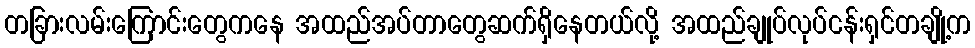
တခြားလမ်းကြောင်းတွေကနေ အထည်အပ်တာတွေဆက်ရှိနေတယ်လို့ အထည်ချုပ်လုပ်ငန်းရှင်တချို့က